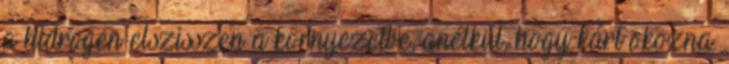
a hidrogén elszisszen a környezetbe, anélkül, hogy kárt okozna.